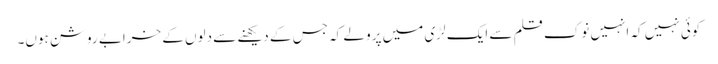
کوئی نہیں کہ انہیں نوک قلم سے ایک لڑی میں پرو لے کہ جس کے دیکھنے سے دلوں کے خرابے روشن ہوں۔